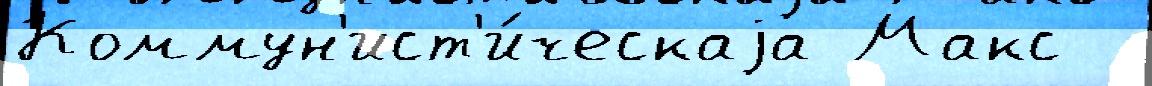
Коммун'ист'и́ческаjа Макс